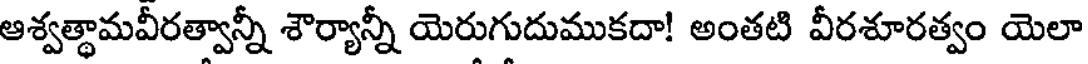
ఆశ్వత్థామవీరత్వాన్నీ శౌర్యాన్నీ యెరుగుదుముకదా! అంతటి వీరశూరత్వం యెలా